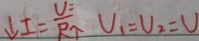
\downarrow I = \frac { U } { R _ { 1 } } U _ { 1 } = U _ { 2 } = U